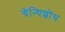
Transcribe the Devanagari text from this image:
ग्रेन्थिशोथ